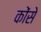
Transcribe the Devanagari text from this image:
कोंसे